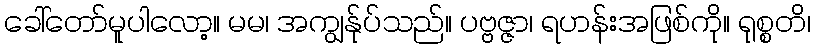
ခေါ်တော်မူပါလော့။ မမ၊ အကျွန်ုပ်သည်။ ပဗ္ဗဇ္ဇာ၊ ရဟန်းအဖြစ်ကို။ ရုစ္စတိ၊